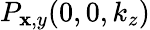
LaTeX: P_{\mathbf{x},y}(0,0,k_{z})